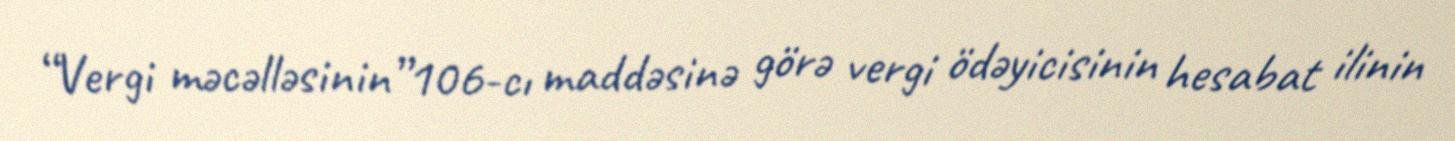
“Vergi məcəlləsinin”106-cı maddəsinə görə vergi ödəyicisinin hesabat ilinin